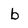
Character: b